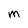
Character: M